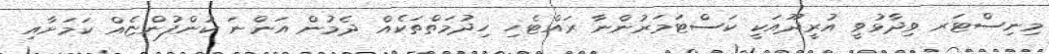
މިނިސްޓަރ ވިދާޅުވީ އުރީދޫއަކީ ކަސްޓަމަރުންނާ ރައްޓެހި ހިދުމަތްތަކެއް ދެމުން އަންނަ ކުންފުންޏެއް ކަމަށާއި